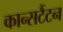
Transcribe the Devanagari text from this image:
कान्सटैंटन